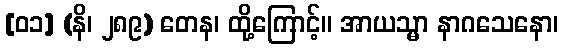
[၀၁] (နိ၊ ၂၈၉) တေန၊ ထို့ကြောင့်။ အာယသ္မာ နာဂသေနော၊